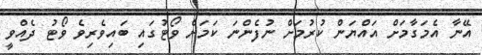
އޭނާ އެމަގާމަށް އައްޔަން ކުރުމަށް ނުފެންނަ ކަމަށް ވޯޓުގައި ބައިވެރިވެ ވޯޓު ދެއްވީ